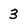
Character: 3